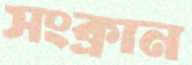
সংক্রান